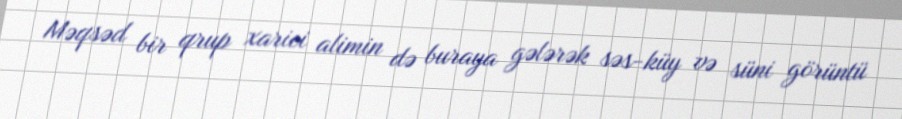
Məqsəd bir qrup xarici alimin də buraya gələrək səs-küy və süni görüntü